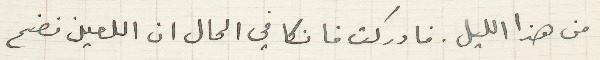
من هذا الليل. فادركت فانكا في الحال ان اللعين فضح